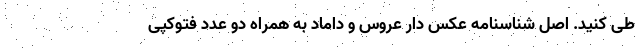
طی کنید. اصل شناسنامه عکس دار عروس و داماد به همراه دو عدد فتوکپی